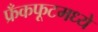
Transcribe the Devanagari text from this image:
फ्रँकफूटमध्ये